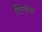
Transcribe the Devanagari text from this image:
विलॉक